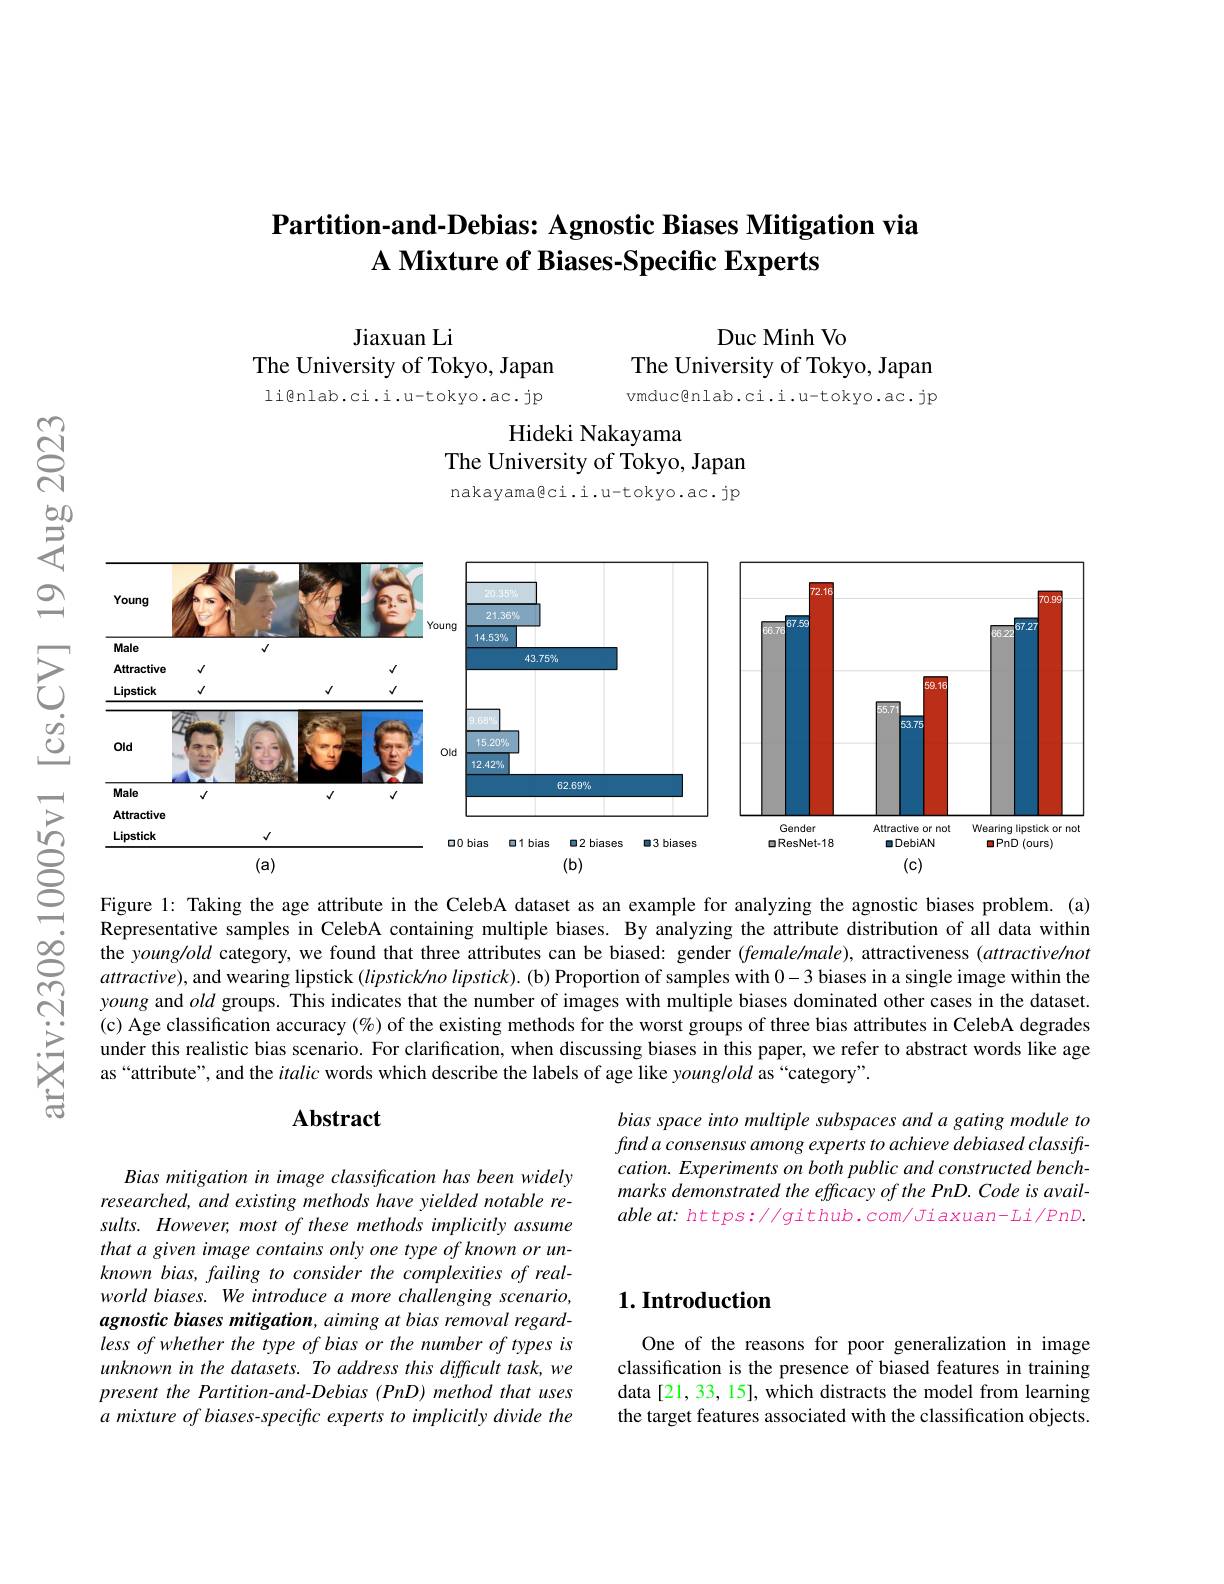
$ଟ୍ରି$

## Partition-and-Debias: Agnostic Biases Mitigation via A Mixture of Biases-Specific Experts

Duc Minh Vo
The University of Tokyo, Japan

Jiaxuan Li
The University of Tokyo, Japan

li@nlab.ci.i.u-tokyo.ac.jp

vmduc@nlab.ci.i.u-tokyo.ac.jp

Hideki Nakayama

The University of Tokyo, Japan

nakayama@ci.i.u-tokyo.ac.jp

$等$ $으$ $উড়্তি$
<FigureHere>

10005v1

Figure 1: Taking the age attribute in the CelebA dataset as an example for analyzing the agnostic biases problem. (a) Representative samples in CelebA containing multiple biases. By analyzing the attribute distribution of all data within the young/old category, we found that three attributes can be biased: gender $(female/male)$, attractiveness $(attractive/not$ $attractive)$, and wearing lipstick (lipstick/no lipstick). (b) Proportion of samples with 0-3 biases in a single image within the young and old groups. This indicates that the number of images with multiple biases dominated other cases in the dataset. (c) Age classification accuracy $(\%)$ of the existing methods for the worst groups of three bias attributes in CelebA degrades under this realistic bias scenario. For clarification, when discussing biases in this paper, we refer to abstract words like age as“attribute”, and the italic words which describe the labels of age like younglold as“category”.

arXiv:2308

### $\mathbf{Abstract}$

bias space into multiple subspaces and a gating module to find a consensus among experts to achieve debiased classift- $cation.Experimentsonbothpublicandconstructedbench-$ marks demonstrated the efficacy of the PnD. Code is avail- $ableat:https://github.com/Jiaxuan-Li/PnD.$

### $1. \textbf{Introduction}$

Bias mitigation in image classification has been widely researched, and existing methods have yielded notable results. However, most of these methods implicitly assume that a given image contains only one type of known or un- $knownbias,failingtoconsiderthecomplexitiesofreal-$ world biases. We introduce a more challenging scenario, agnostic biases mitigation, aiming at bias removal regardless of whether the type of bias or the number of types is unknown in the datasets. To address this difficult task, we present the Partition-and-Debias (PnD) method that uses a mixture of biases-specific experts to implicitly divide the

One of the reasons for poor generalization in image classification is the presence of biased features in training data [21, 33, 15], which distracts the model from learning the target features associated with the classification objects.